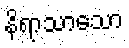
နိရာသာသော